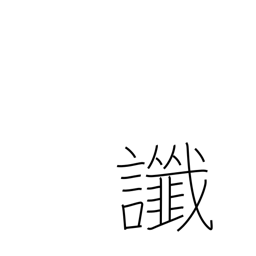
Meaning: omen